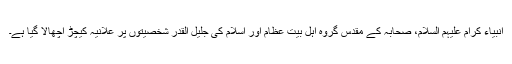
انبیاء کرام علیہم السلام، صحابہؓ کے مقدس گروہ اہل بیت عظامؓ اور اسلام کی جلیل القدر شخصیتوں پر علانیہ کیچڑ اچھالا گیا ہے۔